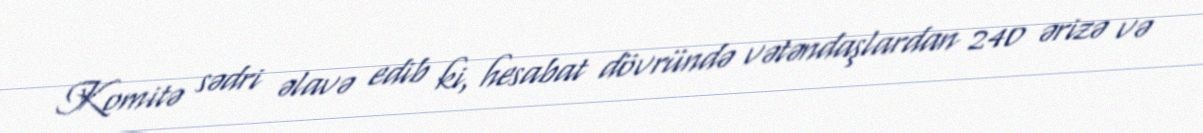
Komitə sədri əlavə edib ki, hesabat dövründə vətəndaşlardan 240 ərizə və